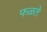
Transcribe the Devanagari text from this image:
फळते